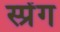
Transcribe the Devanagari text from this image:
स्प्रेंग